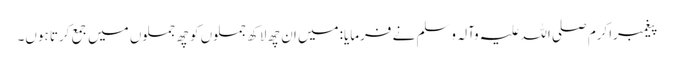
پیغمبراکرم صلی اللہ علیہ وآلہ وسلم نے فرمایا:میں ان چھ لاکھ جملوں کو چھ جملوں میں جمع کرتا ہوں۔